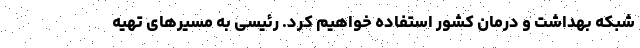
شبکه بهداشت و درمان کشور استفاده خواهیم کرد. رئیسی به مسیرهای تهیه